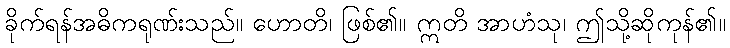
ခိုက်ရန်အဓိကရုဏ်းသည်။ ဟောတိ၊ ဖြစ်၏။ ဣတိ အာဟံသု၊ ဤသို့ဆိုကုန်၏။